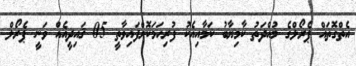
އެތްގޮތައް ޕެރޯލްގެ މުއްދަތު ކާމިޔާބު ކަމާއިއެކު ފުރިހަމަކޮށްފައިވާތީ 05 ޤައިދީއެއް ވަނީ ޕެރޯލް